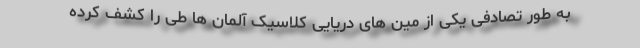
به طور تصادفی یکی از مین های دریایی کلاسیک آلمان ها طی را کشف کرده